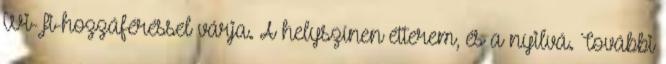
Wi-Fi-hozzáféréssel várja. A helyszínen étterem, és a nyilvá. További